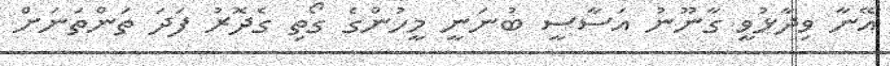
އޭނާ ވިދާޅުވީ ގާނޫނު އަސާސީ ބުނަނީ މީހުންގެ ގޯތި ގެދޮރު ފަދަ ތަންތަނަށް